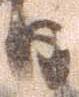
日